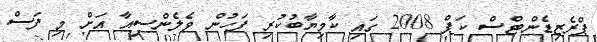
ޕްރެޒިޑެންޓްސް ކަޕް 2008 ގައި ކާމިޔާބުކުރި ފަހުން ވެލެންސިއާ އަށް މި ފަސް